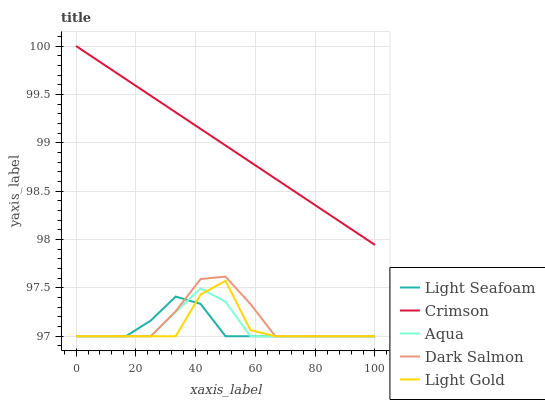
| xaxis_label | Light Seafoam | Crimson | Aqua | Dark Salmon | Light Gold |
 | --- | --- | --- | --- | --- | --- |
 | 0 | 97 | 100 | 97 | 97 | 97 |
 | 8.33 | 97 | 99.8 | 97 | 97 | 97 |
 | 16.7 | 97 | 99.7 | 97 | 97 | 97 |
 | 25 | 97.2 | 99.5 | 97 | 97 | 97 |
 | 33.3 | 97.4 | 99.3 | 97.3 | 97.3 | 97 |
 | 41.7 | 97.3 | 99.1 | 97.5 | 97.6 | 97.4 |
 | 50 | 97 | 99 | 97.4 | 97.6 | 97.6 |
 | 58.3 | 97 | 98.8 | 97 | 97.3 | 97.1 |
 | 66.7 | 97 | 98.6 | 97 | 97 | 97 |
 | 75 | 97 | 98.5 | 97 | 97 | 97 |
 | 83.3 | 97 | 98.3 | 97 | 97 | 97 |
 | 91.7 | 97 | 98.1 | 97 | 97 | 97 |
 | 100 | 97 | 97.9 | 97 | 97 | 97 |